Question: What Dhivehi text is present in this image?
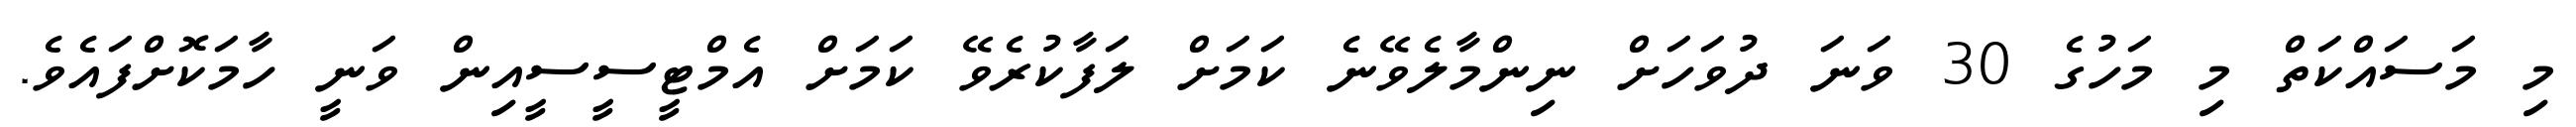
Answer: މި މަސައްކަތް މި މަހުގެ 30 ވަނަ ދުވަހަށް ނިންމާލެވޭނެ ކަމަށް ލަފާކުރެވޭ ކަމަށް އެމްޓީސީސީއިން ވަނީ ހާމަކޮށްފައެވެ.